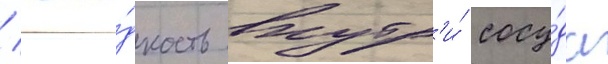
/ жи́дкость внутр'и́ сосу́да